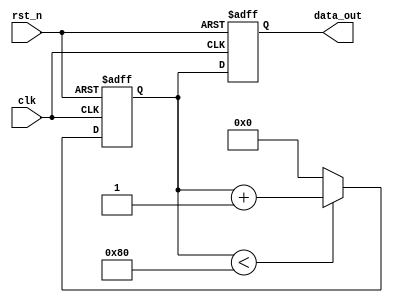
module parameter_focused_init #(
    parameter integer DATA_WIDTH = 8,        // Width of the data
    parameter integer THRESHOLD = 128,        // Threshold value for initialization
    parameter integer INITIAL_VALUE = 0        // Default initial value
) (
    input wire clk,                            // Clock signal
    input wire rst_n,                          // Active low reset signal
    output reg [DATA_WIDTH-1:0] data_out      // Output data
);

    // Local parameters for internal use
    localparam integer MAX_VALUE = 255;       // Maximum value for data

    // State variable
    reg [DATA_WIDTH-1:0] state_var;

    // Initialization logic
    initial begin
        // Initialize state variable based on parameters
        if (INITIAL_VALUE < THRESHOLD) begin
            state_var = INITIAL_VALUE;         // Set to initial value if below threshold
        end else begin
            state_var = THRESHOLD;              // Set to threshold if initial value is above
        end
        // Additional initialization based on parameter values
        if (DATA_WIDTH > 8) begin
            data_out = {DATA_WIDTH{1'b0}};      // Initialize data_out to zero for wider data
        end else begin
            data_out = INITIAL_VALUE;           // Initialize data_out to initial value
        end
    end

    // Always block for state updates
    always @(posedge clk or negedge rst_n) begin
        if (!rst_n) begin
            // Reset state variable on reset
            state_var <= INITIAL_VALUE;
            data_out <= INITIAL_VALUE;
        end else begin
            // Example state update logic
            if (state_var < THRESHOLD) begin
                state_var <= state_var + 1;      // Increment state variable
            end else begin
                state_var <= INITIAL_VALUE;      // Reset state variable if threshold is reached
            end
            data_out <= state_var;                // Update output data
        end
    end

    // Task for modular initialization (if needed)
    task initialize_state;
        input integer init_value;
        begin
            state_var = init_value;
        end
    endtask

endmodule